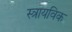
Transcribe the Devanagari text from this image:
स्त्रायविक